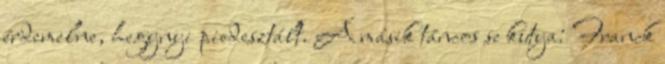
érdemelne, hegynyi piedesztált. A másik táncos se kutya: Franck